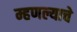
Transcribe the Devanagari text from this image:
म्हणल्याचे